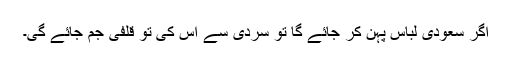
اگر سعودی لباس پہن کر جائے گا تو سردی سے اس کی تو قلفی جم جائے گی۔